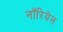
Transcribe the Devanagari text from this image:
नॉरियेल